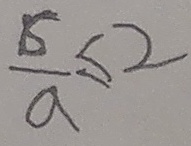
\frac { 6 } { a } \leq 2